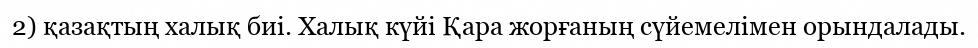
2) қазақтың халық биі. Халық күйі Қара жорғаның сүйемелімен орындалады.